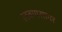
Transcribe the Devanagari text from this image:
लवणसागर